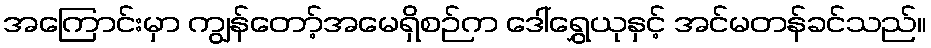
အကြောင်းမှာ ကျွန်တော့်အမေရှိစဉ်က ဒေါ်ရွှေယုနှင့် အင်မတန်ခင်သည်။